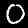
Digit: 0